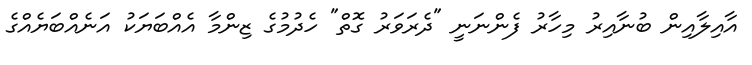
އާއިލާއިން ބުނާއިރު މިހާރު ފެންނަނީ "ދެރަވަރު ގޮތް" ހެދުމުގެ ޒިންމާ އެއްބަޔަކު އަނެއްބަޔެއްގެ